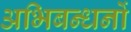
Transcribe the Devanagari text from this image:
अभिबन्धनों